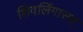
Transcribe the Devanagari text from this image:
शिवलिंगासह